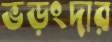
ভড়ংদার